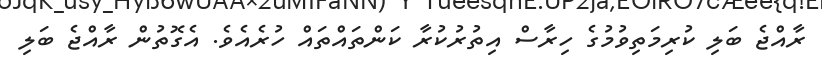
ރާއްޖެ ބަލި ކުރިމަތިވުމުގެ ހިރާސް އިތުރުކުރާ ކަންތައްތައް ހުރެއެވެ. އެގޮތުން ރާއްޖެ ބަލި